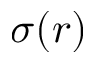
\sigma ( r )